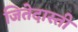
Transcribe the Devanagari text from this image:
जितेदास्ती